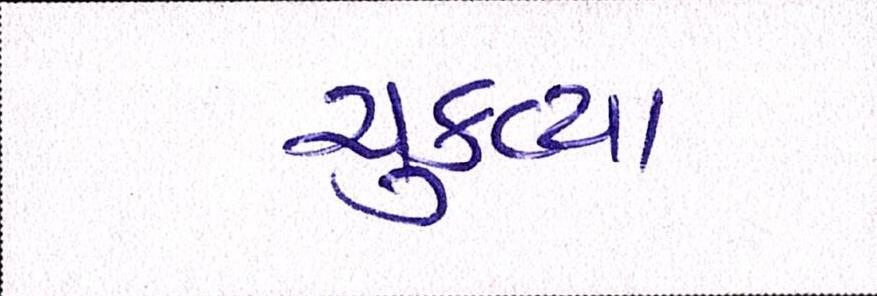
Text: ચુકવ્યા